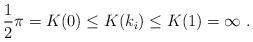
LaTeX: \begin{align*}\frac{1}{2}\pi=K(0)\le K(k_i)\le K(1)=\infty~.\end{align*}